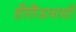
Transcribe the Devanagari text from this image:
हौलैंडवासी